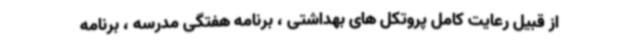
از قبیل رعایت کامل پروتکل های بهداشتی ، برنامه هفتگی مدرسه ، برنامه